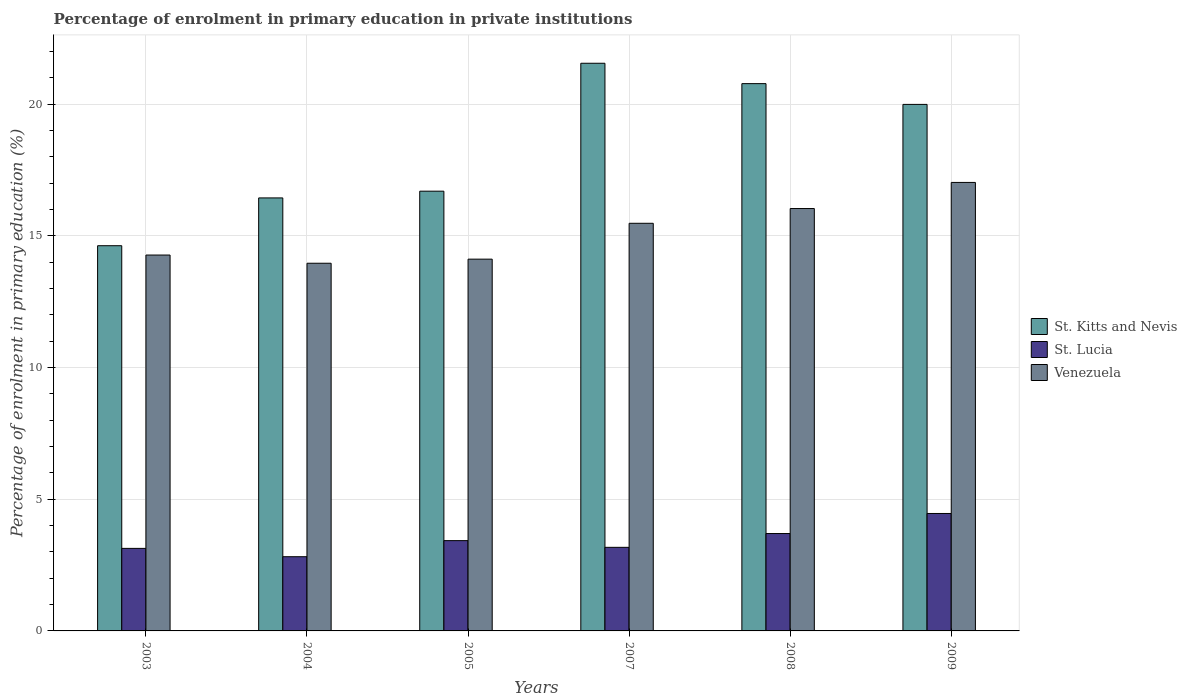
| Years | St. Kitts and Nevis | St. Lucia | Venezuela |
 | --- | --- | --- | --- |
 | 2003 | 14.6 | 3.13 | 14.3 |
 | 2004 | 16.4 | 2.82 | 14 |
 | 2005 | 16.7 | 3.43 | 14.1 |
 | 2007 | 21.5 | 3.17 | 15.5 |
 | 2008 | 20.8 | 3.7 | 16 |
 | 2009 | 20 | 4.46 | 17 |